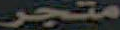
متجر